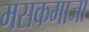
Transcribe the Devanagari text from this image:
मसकमाजा